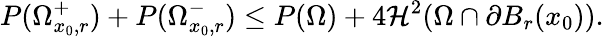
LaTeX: P(\Omega_{x_{0},r}^{+})+P(\Omega_{x_{0},r}^{-})\leq P(\Omega)+4\mathcal{H}^{2}(\Omega\cap\partial B_{r}(x_{0})).